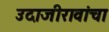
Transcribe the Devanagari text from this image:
उदाजीरावांचा